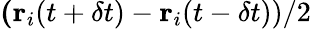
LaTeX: \textbf(\textbf{r}_{i}(t+\delta t)-\textbf{r}_{i}(t-\delta t))/2